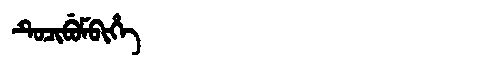
Manchu: ᡨᡠᠴᡳᠪᡠᠮᠪᡳᡥᡝ
Romanization: TUCIBUMBIHE